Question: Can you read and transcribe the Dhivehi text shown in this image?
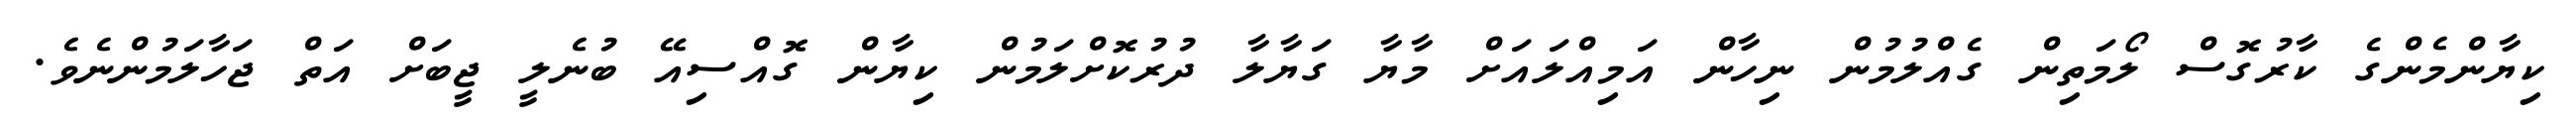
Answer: ކިޔާންމެންގެ ކާރުގޮސް ލޯމަތިން ގެއްލުމުން ނިހާން އަމިއްލައަށް މާޔާ ގަޔާލާ ދުރުކޮށްލަމުން ކިޔާން ގޮއްސިއޭ ބުނެލީ ޖީބަށް އަތް ޖަހާލަމުންނެވެ.